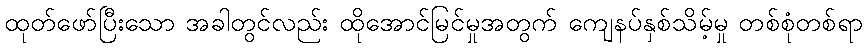
ထုတ်ဖော်ပြီးသော အခါတွင်လည်း ထိုအောင်မြင်မှုအတွက် ကျေနပ်နှစ်သိမ့်မှု တစ်စုံတစ်ရာ